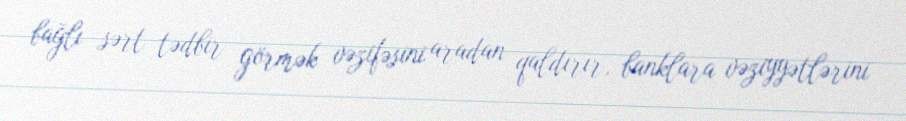
bağlı sərt tədbir görmək vəzifəsini aradan qaldırır, banklara vəziyyətlərini